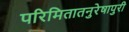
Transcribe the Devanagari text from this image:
परिमितातनुरेषापुरी